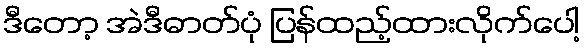
ဒီတော့ အဲဒီဓာတ်ပုံ ပြန်ထည့်ထားလိုက်ပေါ့